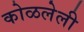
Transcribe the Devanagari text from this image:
कोळलेली